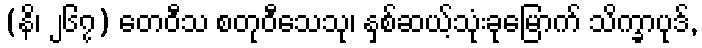
(နိ၊ ၂၆၇) တေဝီသ စတုဝီသေသု၊ နှစ်ဆယ့်သုံးခုမြောက် သိက္ခာပုဒ်,